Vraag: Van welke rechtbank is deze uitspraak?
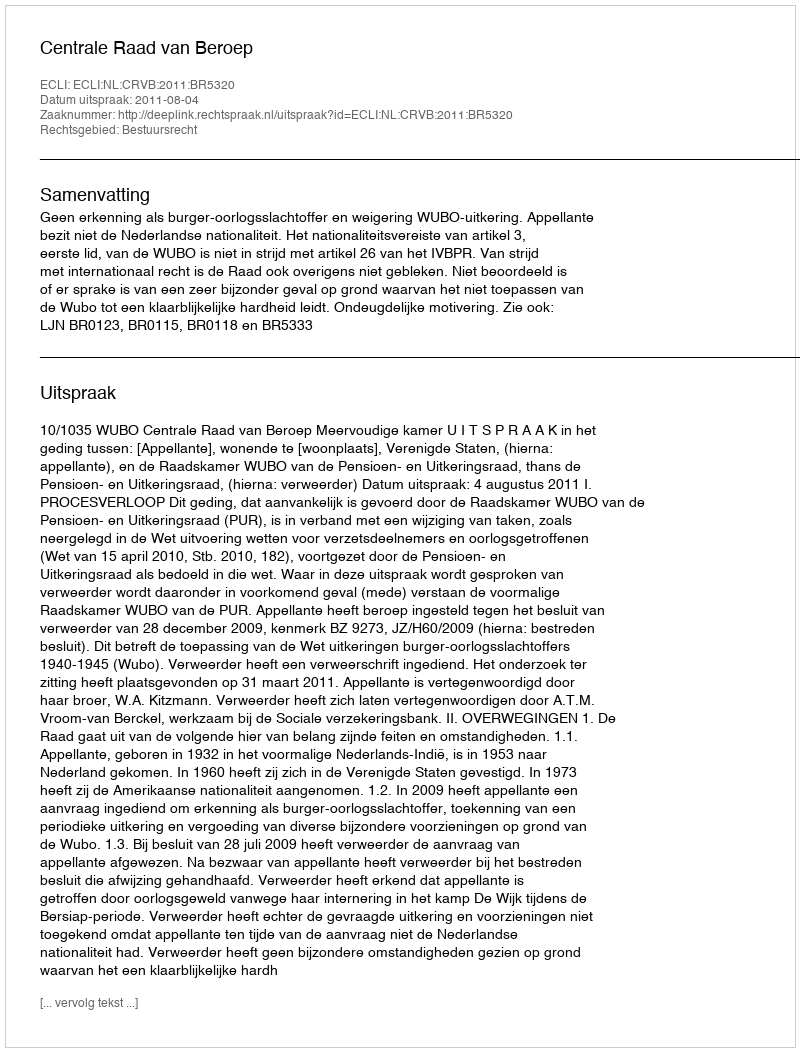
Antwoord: Centrale Raad van Beroep